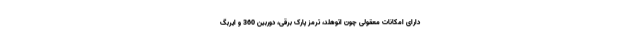
دارای امکانات معقولی چون اتوهلد، ترمز پارک برقی، دوربین 360 و ایربگ